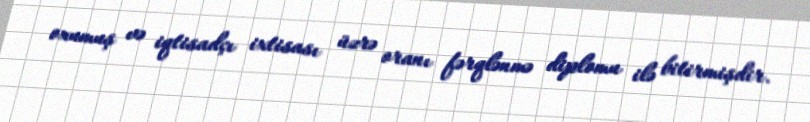
oxumuş və iqtisadçı ixtisası üzrə oranı fərqlənmə diplomu ilə bitirmişdir.